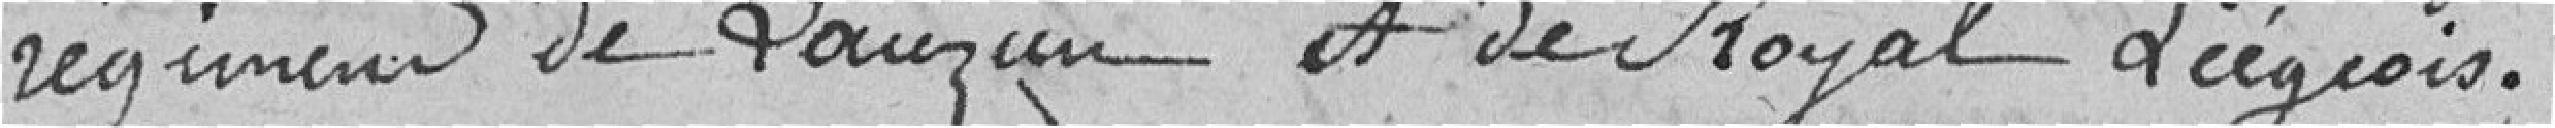
régiments de Lauzun et de Royal Liégeois.